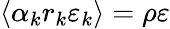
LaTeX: \langle\alpha_{k}r_{k}\varepsilon_{k}\rangle=\rho\varepsilon